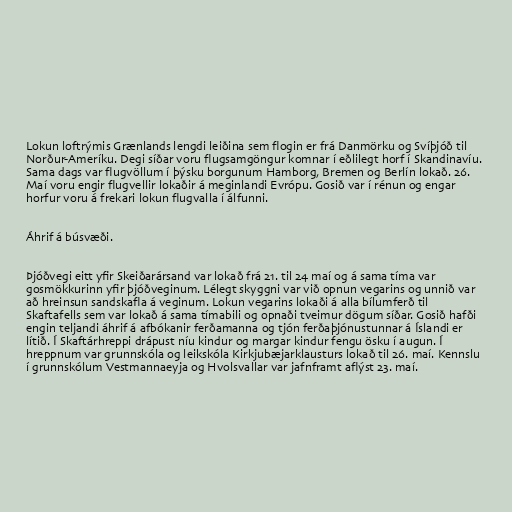
Lokun loftrýmis Grænlands lengdi leiðina sem flogin er frá Danmörku og Svíþjóð til
Norður-Ameríku. Degi síðar voru flugsamgöngur komnar í eðlilegt horf í Skandinavíu.
Sama dags var flugvöllum í þýsku borgunum Hamborg, Bremen og Berlín lokað. 26.
Maí voru engir flugvellir lokaðir á meginlandi Evrópu. Gosið var í rénun og engar
horfur voru á frekari lokun flugvalla í álfunni.

Áhrif á búsvæði.

Þjóðvegi eitt yfir Skeiðarársand var lokað frá 21. til 24 maí og á sama tíma var
gosmökkurinn yfir þjóðveginum. Lélegt skyggni var við opnun vegarins og unnið var
að hreinsun sandskafla á veginum. Lokun vegarins lokaði á alla bílumferð til
Skaftafells sem var lokað á sama tímabili og opnaði tveimur dögum síðar. Gosið hafði
engin teljandi áhrif á afbókanir ferðamanna og tjón ferðaþjónustunnar á Íslandi er
lítið. Í Skaftárhreppi drápust níu kindur og margar kindur fengu ösku í augun. Í
hreppnum var grunnskóla og leikskóla Kirkjubæjarklausturs lokað til 26. maí. Kennslu
í grunnskólum Vestmannaeyja og Hvolsvallar var jafnframt aflýst 23. maí.